Annual report of the Civil Veterinary Department, Bengal, for the year 1897-98 - 1897-1898
Year: 1897
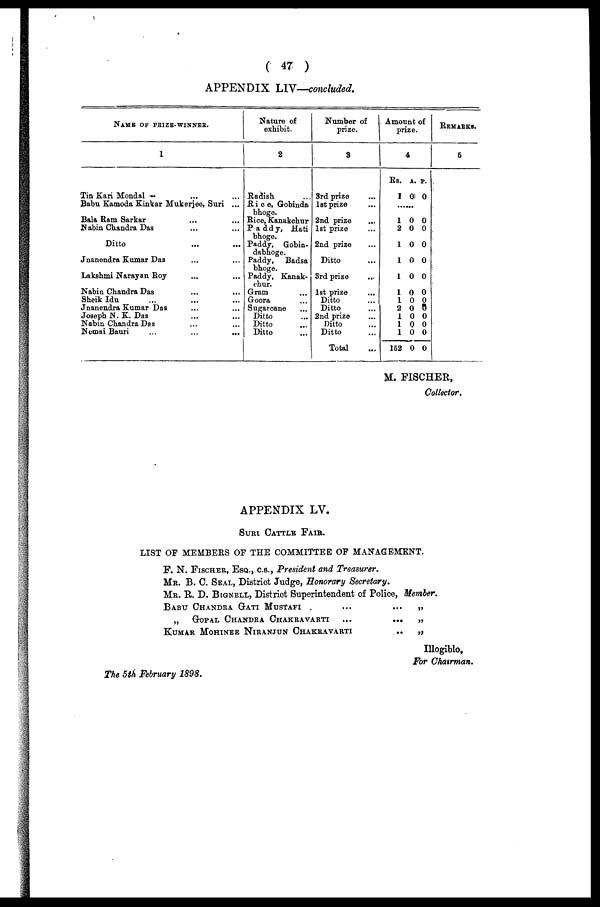
( 47 )
APPENDIX LIV—concluded.
NAME OF PRIZE-WINNER.
1
Tin Kari Mondal ... ... ...
Babu Kamoda Kinkar Mukerjeo, Suri ...
Bala Ram Sarkar ... ...
Nabin Chandra Das ... ...
Ditto ... ...
Jnanendra Kumar Das ... ...
Lakshmi Narayan Roy ... ...
Nabin Chandra Das ... ...
Sheik Idu ... ... ...
Jnanendra Kumar Das ... ...
Joseph N. K. Das ... ...
Nabin Chandra Das ... ...
Nomai Bauri ... ... ...
Nature of
exhibit.
2
Radish ...
Rice, Gobinda
bhoge.
Rice, Kanakchur
Paddy, Hati
bhoge.
Paddy. Gobin-
dabhoge.
Paddy, Badsa
bhoge.
Paddy, Kanak-
chur.
Gram ...
Goora ...
Sugarcane ...
Ditto ...
Ditto ...
Ditto ...
Number of
prize.
3
3rd prize ...
1st prize ...
2nd prize ...
1st prize ...
2nd prize ...
Ditto ...
3rd prize ...
1st prize ...
Ditto ...
Ditto ...
2nd prize ...
Ditto ...
Ditto ...
Total ...
Amount of
prize.
4
Rs.
1
.....
1
2
1
1
1
1
1
2
1
1
1
152
A.
0
0
0
0
0
0
0
0
0
0
0
0
0
P.
0
0
0
0
0
0
0
0
0
0
0
0
0
REMARKS.
5
M. FISCHER,
Collector.
APPENDIX LV.
SURI CATTLE FAIR.
LIST OF MEMBERS OF THE COMMITTEE OF MANAGEMENT.
F. N. FISCHER, ESQ., C.S., President and Treasurer.
MR. B. C. SEAL, District Judge, Honorary Secretary.
MR. R. D. BIGNELL. District Superintendent of Police, Member.
BABU CHANDRA GATI MUSTAFI...
„
GOPAL CHANDRA CHAKRAVARTT ...
KUMAR MOHINEE NIRANJUN CHAKRAVARTI
...
...
..
„
„
„
Illogiblo,
For Chairman.
The 5th February 1898.